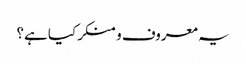
یہ معروف و منکر کیا ہے؟